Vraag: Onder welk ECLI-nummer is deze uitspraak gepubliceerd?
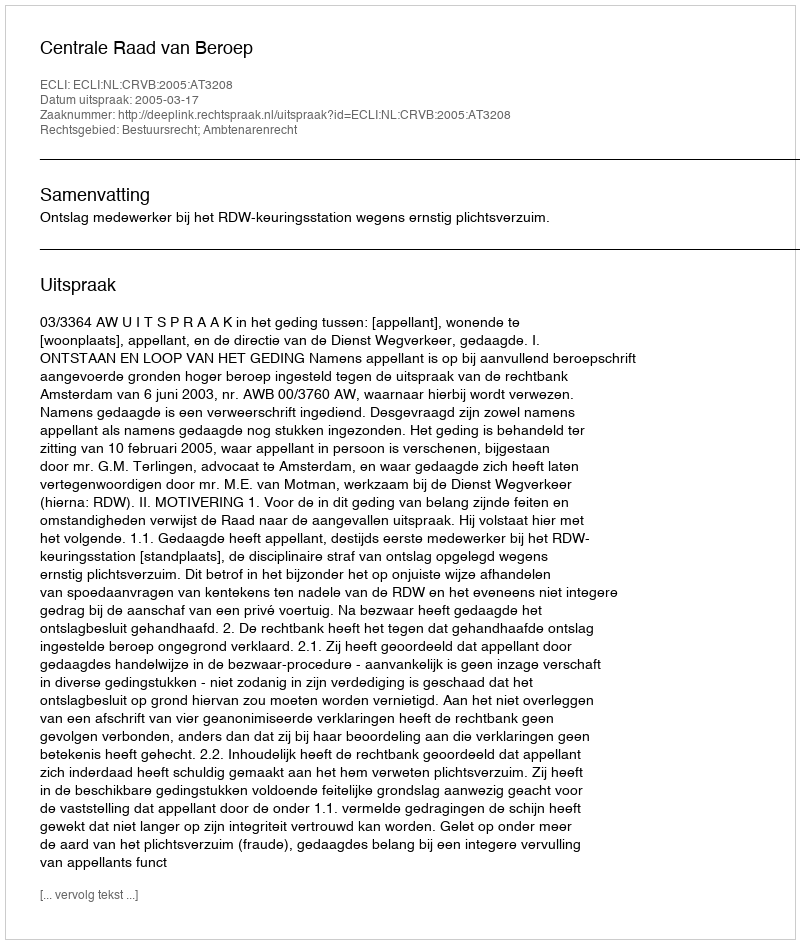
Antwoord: ECLI:NL:CRVB:2005:AT3208